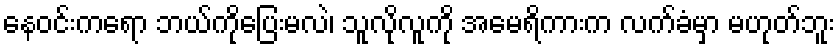
နေဝင်းကရော ဘယ်ကိုပြေးမလဲ၊ သူလိုလူကို အမေရိကားက လက်ခံမှာ မဟုတ်ဘူး